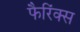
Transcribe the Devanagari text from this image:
फैरिंक्स